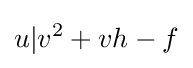
u|v^{2}+vh-f